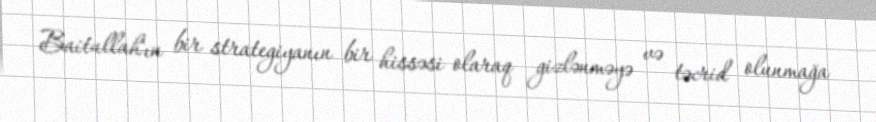
Baitullah'ın bir strategiyanın bir hissəsi olaraq gizlənməyə və təcrid olunmağa